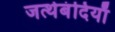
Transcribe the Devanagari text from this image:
जत्थेबंदियाँ